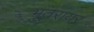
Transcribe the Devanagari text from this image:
भूतरायर